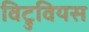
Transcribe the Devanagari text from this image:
विट्रुवियस